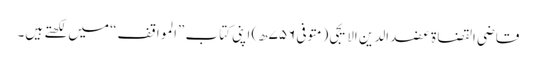
قاضی القضاة عضد الدین الایجی (متوفی ۷۵۶ھ) اپنی کتاب ”المواقف“ میں لکھتے ہیں۔